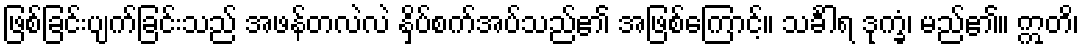
ဖြစ်ခြင်းပျက်ခြင်းသည် အဖန်တလဲလဲ နှိပ်စက်အပ်သည်၏ အဖြစ်ကြောင့်။ သင်္ခါရ ဒုက္ခံ၊ မည်၏။ ဣတိ၊